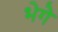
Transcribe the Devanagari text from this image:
भेगे